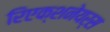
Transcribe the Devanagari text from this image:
रिएक्शनेयर्स